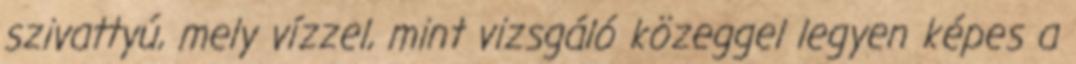
szivattyú, mely vízzel, mint vizsgáló közeggel legyen képes a